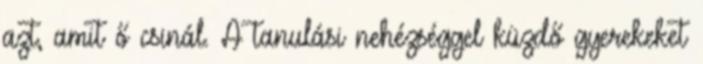
azt, amit ő csinál. A tanulási nehézséggel küzdő gyerekeket